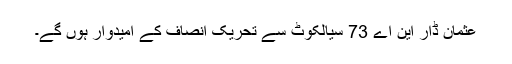
عثمان ڈار این اے 73 سیالکوٹ سے تحریکِ انصاف کے امیدوار ہوں گے۔